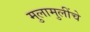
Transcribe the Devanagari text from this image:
मुलामुलींचे